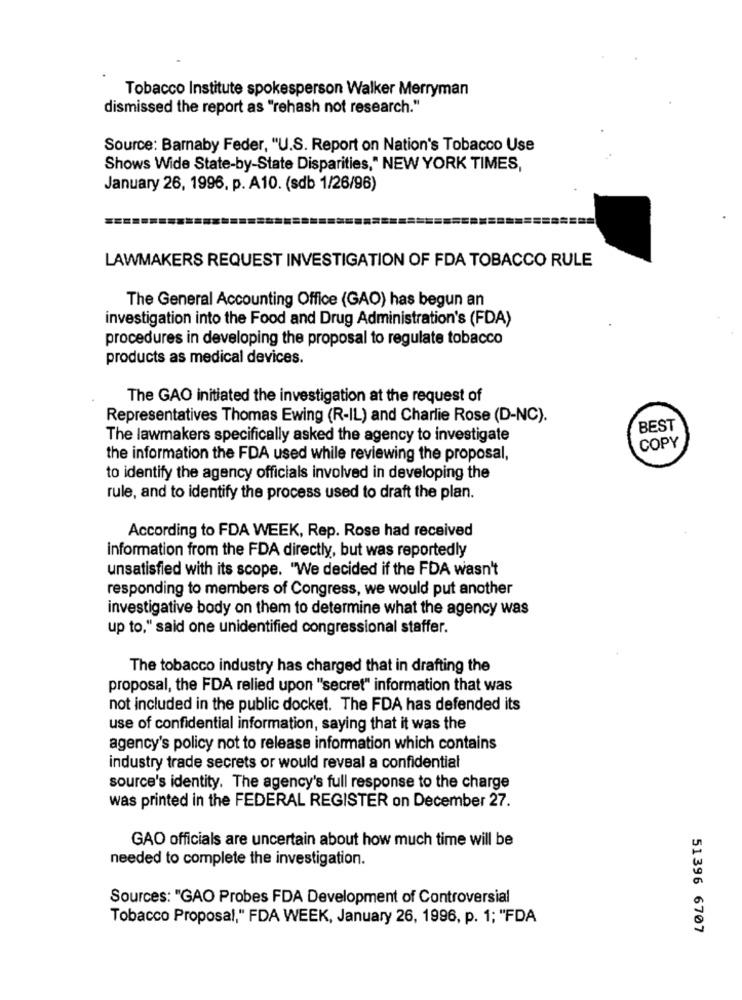
Tobacco Institute spokesperson Walker Merryman
dismissed the report as "rehash not research."
Source: Barnaby Feder, "U.S. Report on Nation's Tobacco Use
Shows Wide State-by-State Disparities," NEW YORK TIMES,
January 26, 1996, p. A10. (sdb 1/26/96)
LAWMAKERS REQUEST INVESTIGATION OF FDA TOBACCO RULE
The General Accounting Office (GAO) has begun an
investigation into the Food and Drug Administration's (FDA)
procedures in developing the proposal to regulate tobacco
products as medical devices.
The GAO initiated the investigation at the request of
Representatives Thomas Ewing (R-IL) and Charlie Rose (D-NC).
BEST
The lawmakers specifically asked the agency to investigate
COPY
the information the FDA used while reviewing the proposal,
to identify the agency officials involved in developing the
rule, and to identify the process used to draft the plan.
According to FDA WEEK, Rep. Rose had received
information from the FDA directly, but was reportedly
unsatisfied with its scope. "We decided if the FDA wasn't
responding to members of Congress, we would put another
investigative body on them to determine what the agency was
up to," said one unidentified congressional staffer.
The tobacco industry has charged that in drafting the
proposal, the FDA relied upon "secret" information that was
not included in the public docket. The FDA has defended its
use of confidential information, saying that it was the
agency's policy not to release information which contains
industry trade secrets or would reveal a confidential
source's identity. The agency's full response to the charge
was printed in the FEDERAL REGISTER on December 27.
GAO officials are uncertain about how much time will be
needed to complete the investigation.
Sources: "GAO Probes FDA Development of Controversial
Tobacco Proposal," FDA WEEK, January 26, 1996, p. 1; "FDA
51396 6707